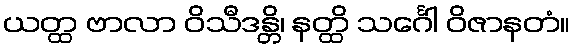
ယတ္ထ ဗာလာ ဝိသီဒန္တိ၊ နတ္ထိ သင်္ဂေါ ဝိဇာနတံ။